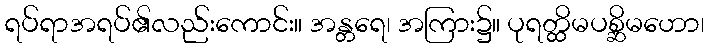
ရပ်ရာအရပ်၏လည်းကောင်း။ အန္တရေ၊ အကြား၌။ ပုရတ္ထိမပစ္ဆိမဟော၊